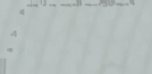
صالون الحرير نت للمكياج و